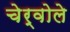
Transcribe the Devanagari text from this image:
चेर्वोले